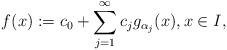
LaTeX: \begin{align*}f(x) := c_0 + \sum_{j=1}^\infty c_j g_{\alpha_j}(x), x \in I,\end{align*}